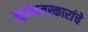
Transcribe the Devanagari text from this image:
सूर्यनमस्कारांचे